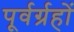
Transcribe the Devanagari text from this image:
पूर्वर्ग्रहों